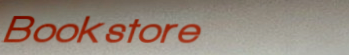
Bookstore